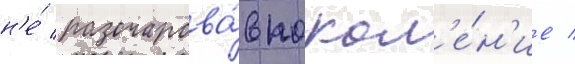
н'е́ разочарова́в покол'е́н'ие /